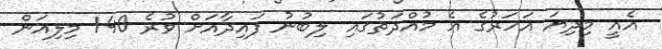
އެއީ މިދިޔަ އަހަރުގެ އެ މުއްދަތުގައި ލިބުނު ފައިދާއަށް ވުރެ 140 މިލިއަން